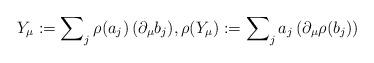
LaTeX: \begin{align*} Y_\mu := \sum\nolimits_j \rho(a_j)\, (\partial_\mu b_j), \rho(Y_\mu) :=\sum\nolimits_j a_j\, (\partial_\mu \rho(b_j)) \end{align*}